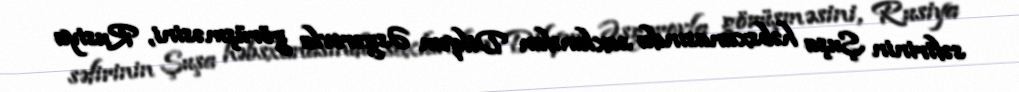
səfirinin Şuşa həbsxanasında saxlanılan Dilqəm Əsgərovla görüşməsini, Rusiya